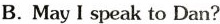
B. May I speak to Dan?